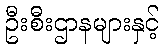
ဦးစီးဌာနများနှင့်